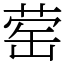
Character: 䓨